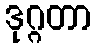
ဒုဂ္ဂတာ